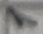
Text: 1